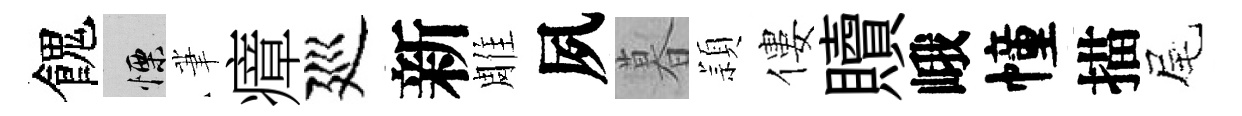
餽慄茟瘴廵新雕夙暮頴僂贖峨幢描尾